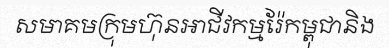
សមាគមក្រុមហ៊ុនអាជីវកម្មរ៉ែកម្ពុជានិង